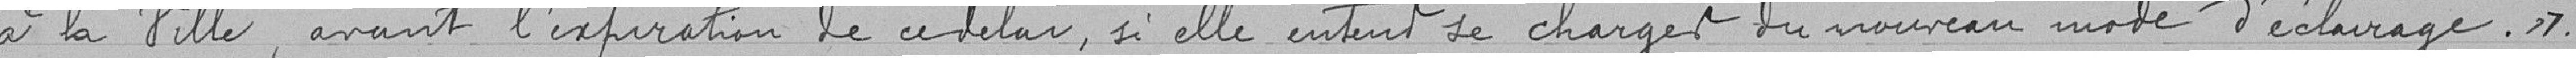
à la Ville, avant l'expiration de ce délai, si elle entend se charger du nouveau mode d'éclairage.